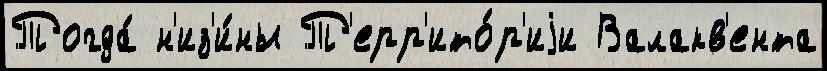
Тогда́ н'из'и́ны Т'ерр'ито́р'иjи Валакв'ента